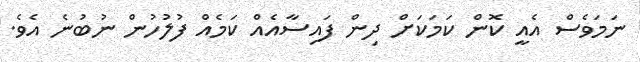
ނަމަވެސް އެއީ ކޮން ކަމަކަށް ދިން ފައިސާއެއް ކަމެއް ފުލުހުން ނުބުނެ އެވެ.